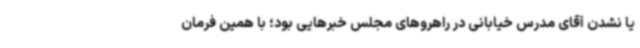
یا نشدن آقای مدرس خیابانی در راهروهای مجلس خبرهایی بود؛ با همین فرمان